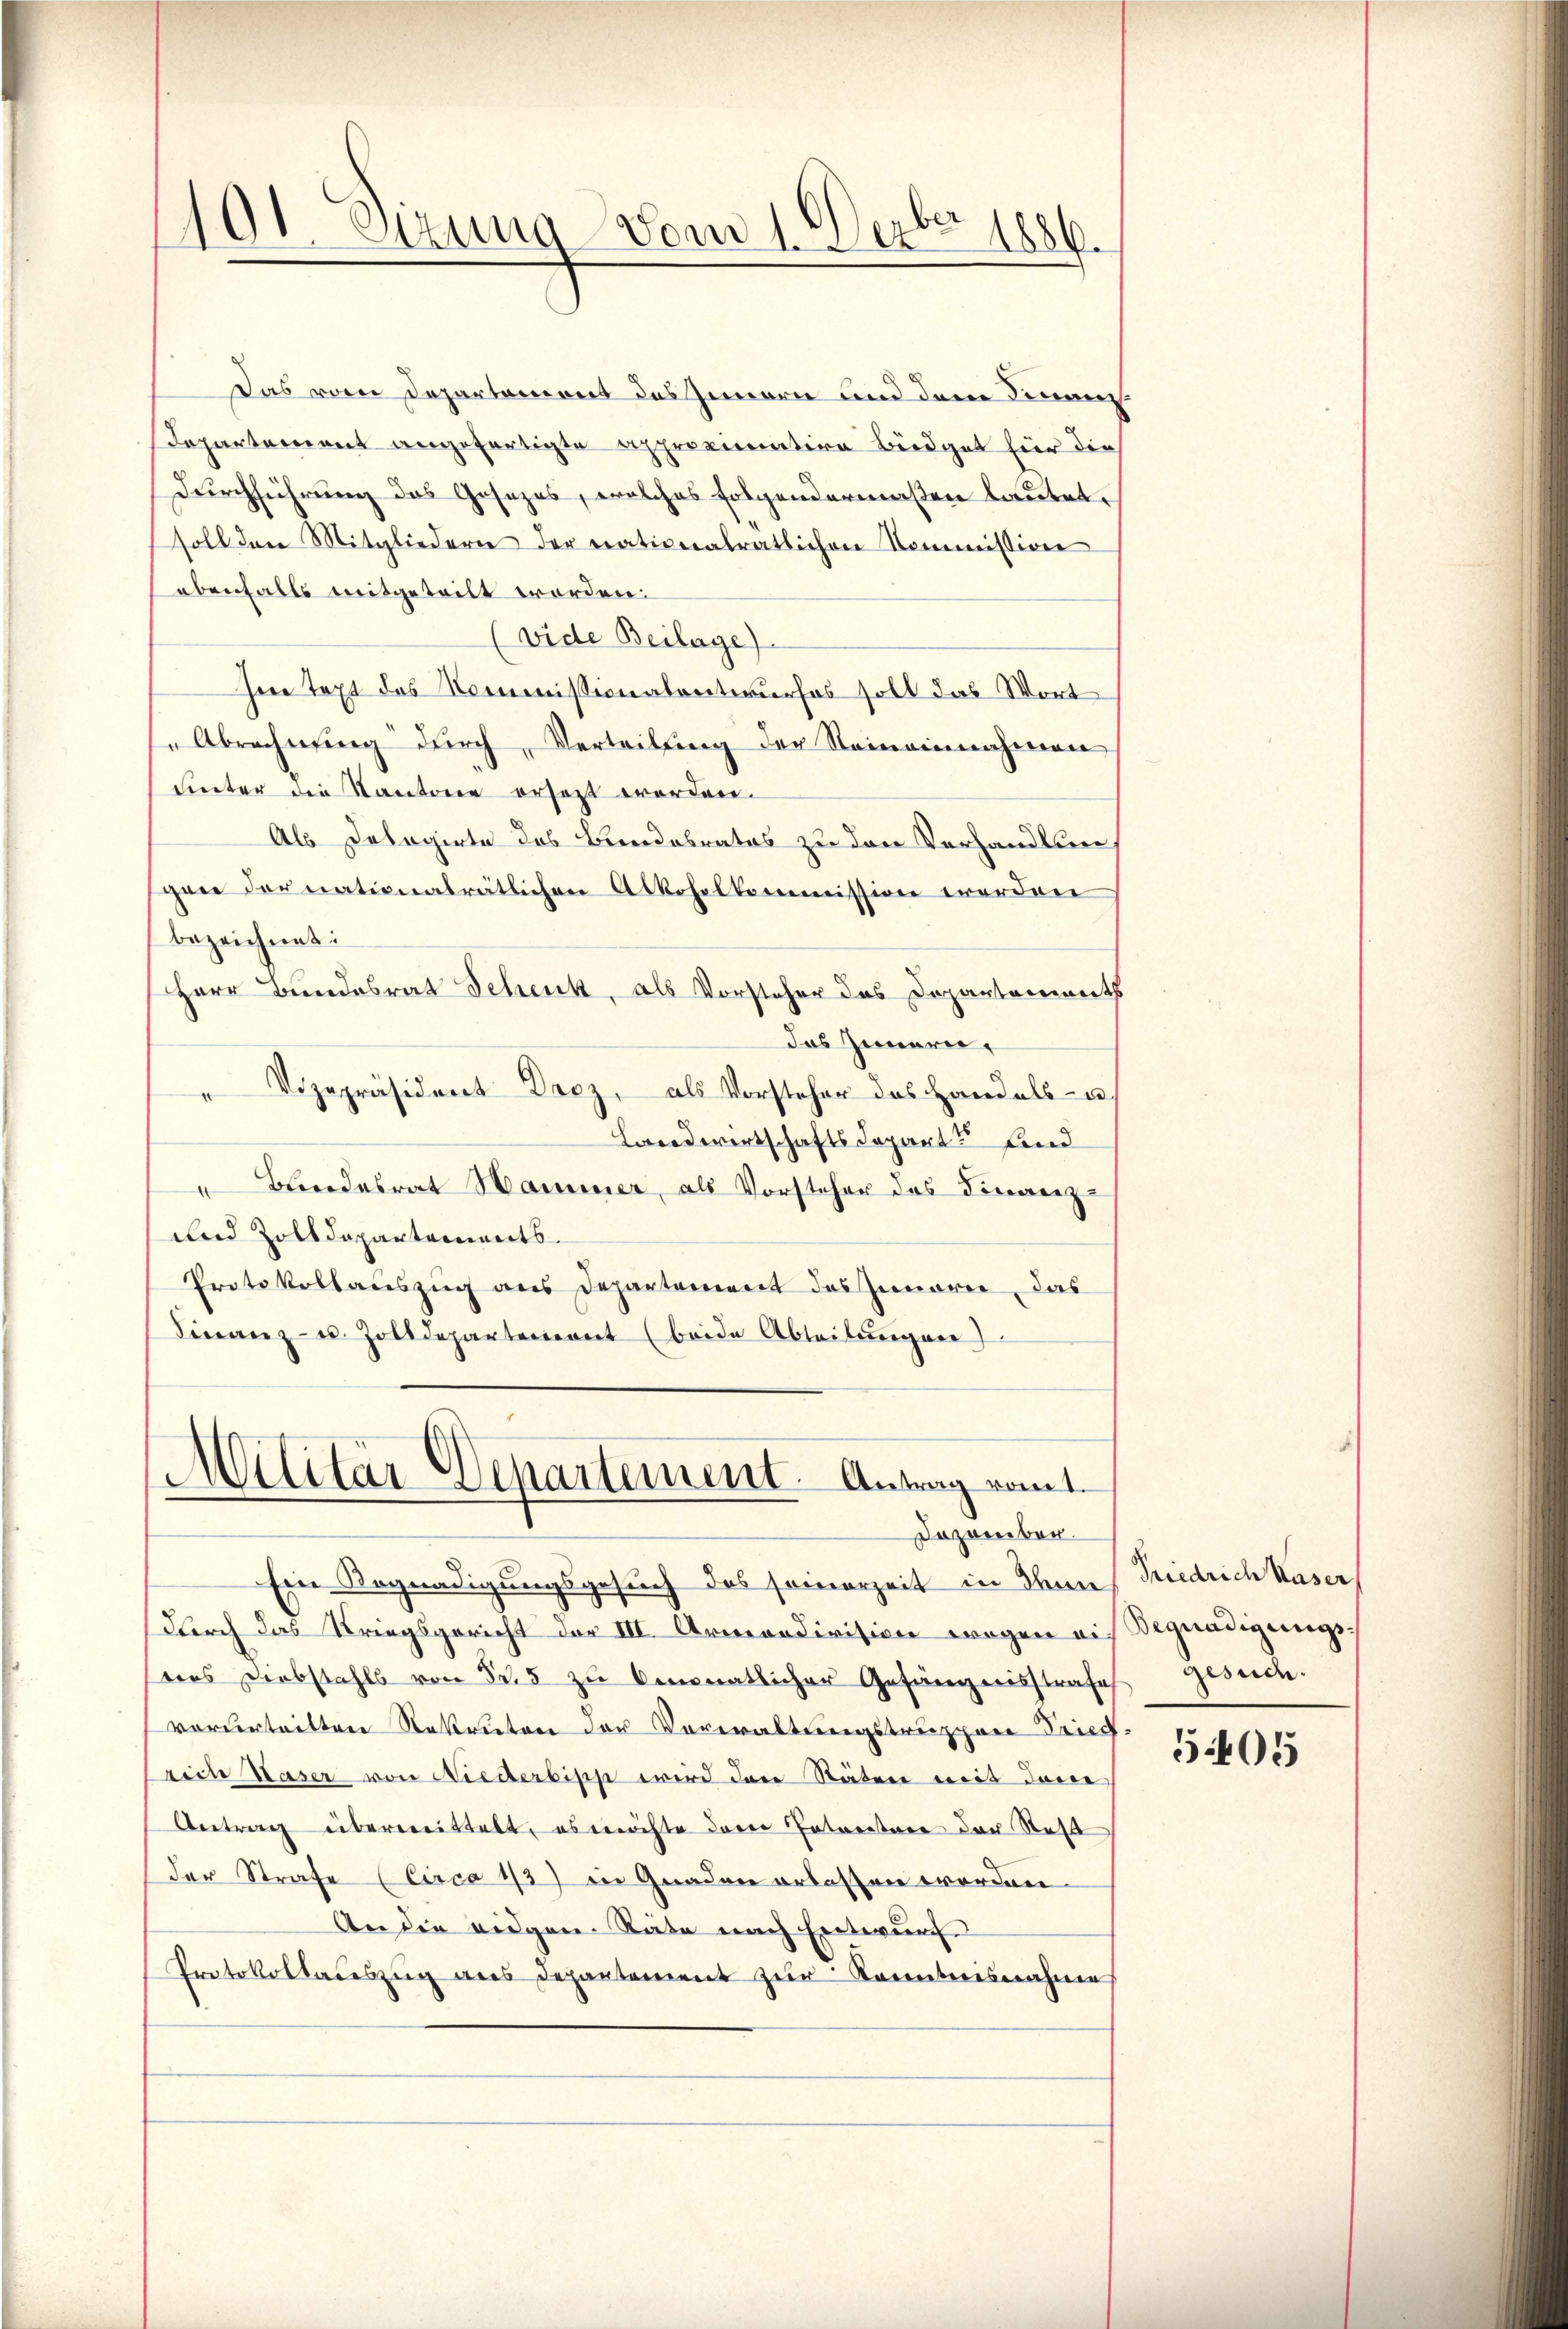
101. Sizung vom 1. Der 1886.

Das vom Departement des Innern und dem Finan¬
Departement angefertigte approximation Büdget hier die
Durchführung des Gesezes, welches folgendermaßen lautet,
soll den Mitgliedern der nationalrätlichen Kommission
ebenfalls mitgeteilt worden.
(vide Beilage).
Ire Text des Kommissionalentwurfes soll das Wort
"Abrechnung durch Verteilung der Reineinnahmen
winter die Kantonen ersezt worden.
Als Delegirte des Bundesrates zu den Vorhandlung
gen der nationalrätlichen Alkoholkommission worden
bezeichnet:
Herr Bundesrat Schenk, als Vorsteher das Departenmat
das Zimerer
" Vizepräsident Droz, als Vorsteher das Handels- u
Landwirtschaftsdeparte und
"Bundesrat Hammer, als Vorsteher des Finanz-
und Zolldepartements.
Protokollauszug aus Departement des Innere, das
Finanz- u. Zolldepartement (beide Abteilungen)

Militär Departement. Antrag rout.
Dezember.

Ein Begnadigungsgesuch des seinerzeit in Ihnen Riedrich Kaser
durch das Kriegsgericht der III. Armondivision wegen auf Begnadigungsders Diebstahls von 525 zŭ Omonatlicher Gefängnisstrafes Gesuch.
vorurtritten Rekruten der Verwaltungstruppen Fried
rich Kaser von Niederbiss wird dere Stäten mit dene
Antrag überweittelt, es möchte der Entreitere der Statt
der Strafe (Circa 13) in Gnaden erlassen worden.
An die eidgen. Räte nach Entwurf
Protokolladeszug aus Departement zur Kenntnisnahme

505